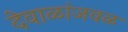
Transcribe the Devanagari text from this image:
देवाळांजवळ